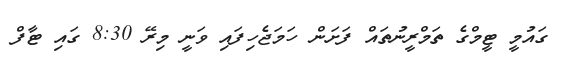
ގައުމީ ޓީމްގެ ތަމްރީނުތައް ފަށަން ހަމަޖެހިފައި ވަނީ މިރޭ 8:30 ގައި ޓާފް